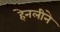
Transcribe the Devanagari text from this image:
हेनलीने